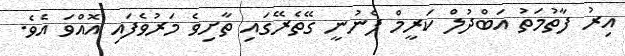
އިރު ފާތުމަތު އަބްދުލް ކަރީމް ފެނުނީ ގޭތެރޭގައި ތާށިވެ މަރުވެފައި އޮއްވަ އެވެ.